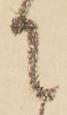
に